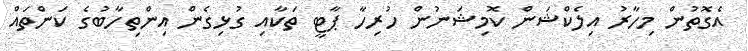
އެގޮތުން މިހާރު އިލެކްޝަން ކޮމިޝަނުން ހުރިހާ ޕާޓީ ތަކާއި ގުޅިގެން އިންތިހާބުގެ ކަންތައް